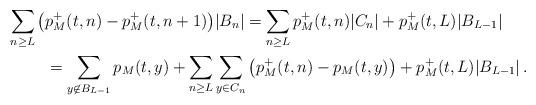
LaTeX: \begin{align*}\sum_{n\geq L}\big(&p^+_M(t,n)-p^+_M(t,{n+1})\big)|B_n|=\sum_{n\geq L} p^+_M(t,n)|C_n|+p^+_M(t,L)|B_{L-1}|\\&=\sum_{y\not\in B_{L-1}}p_M(t,y)+\sum_{n\geq L} \sum_{y\in C_n}\big(p^+_M(t,n)-p_M(t,y)\big)+p^+_M(t,L)|B_{L-1}|\,.\end{align*}